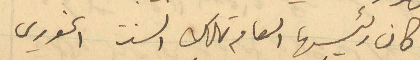
كان رئيسها العام تلك السنة الخوري